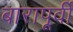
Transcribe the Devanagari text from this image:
बारापूर्वी